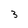
Character: 3